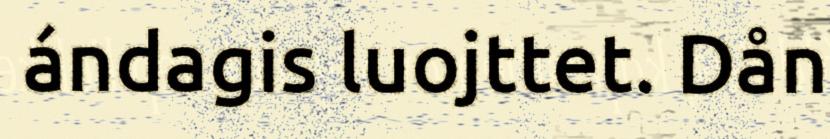
ándagis luojttet. Dån